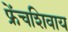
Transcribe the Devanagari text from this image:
फ्रेंचशिवाय